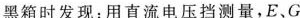
黑箱时发现：用直流电压挡测量，E、G